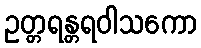
ဥတ္တရန္တရဝါသကော